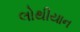
લોથીયાન